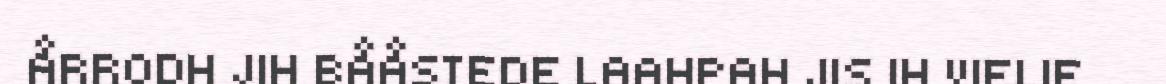
ÅRRODH JIH BÅÅSTEDE LAAHPAH JIS IH VIELIE